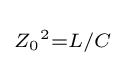
\scriptstyle {Z_{0}}^{2}=L/C